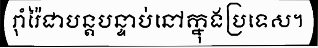
រ៉ាំរ៉ៃជាបន្តបន្ទាប់នៅក្នុងប្រទេស។